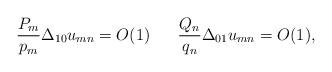
LaTeX: \begin{align*}\frac{P_{m}}{p_m}\Delta_{10}u_{mn}=O(1)\,\,\,\,\,\,\,\,\,\,\frac{Q_{n}}{q_n}\Delta_{01}u_{mn}=O(1),\end{align*}